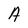
Character: A